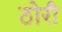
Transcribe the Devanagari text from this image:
ठोरी